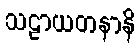
သဠာယတနာနိ